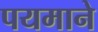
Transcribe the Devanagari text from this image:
पयमाने